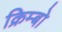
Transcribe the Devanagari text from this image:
क्रिम्बो